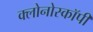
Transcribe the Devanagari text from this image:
क्लोनोस्कॉपी